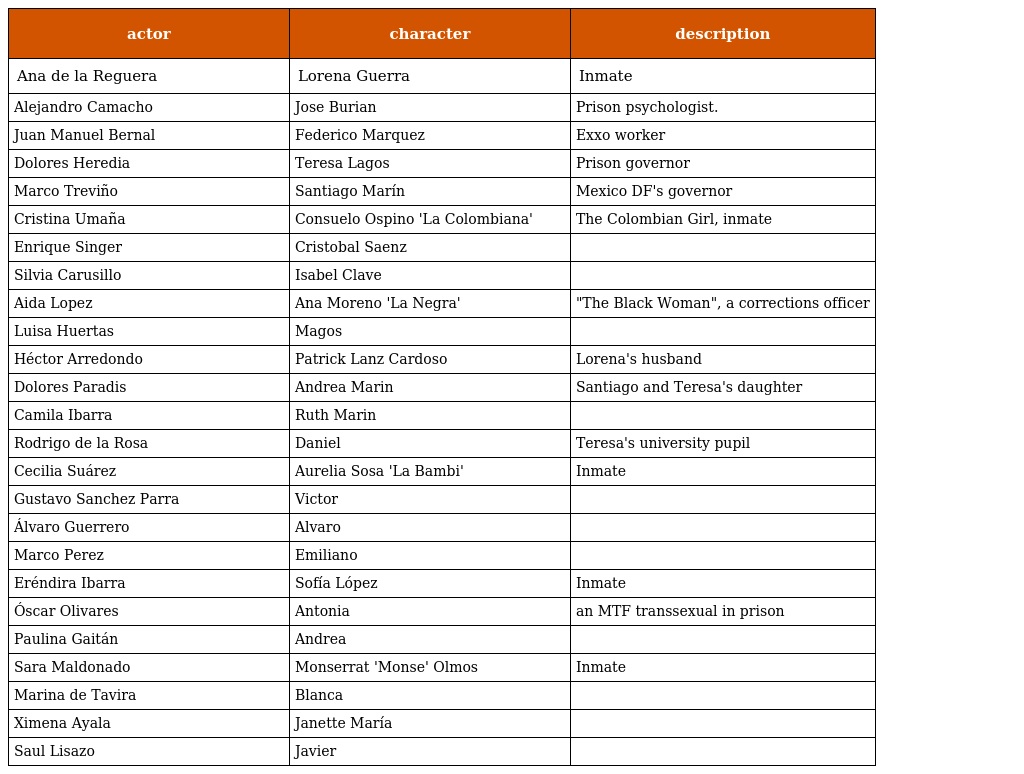
| actor | character | description |
 | --- | --- | --- |
 | Ana de la Reguera | Lorena Guerra | Inmate |
 | Alejandro Camacho | Jose Burian | Prison psychologist. |
 | Juan Manuel Bernal | Federico Marquez | Exxo worker |
 | Dolores Heredia | Teresa Lagos | Prison governor |
 | Marco Treviño | Santiago Marín | Mexico DF's governor |
 | Cristina Umaña | Consuelo Ospino 'La Colombiana' | The Colombian Girl, inmate |
 | Enrique Singer | Cristobal Saenz |  |
 | Silvia Carusillo | Isabel Clave |  |
 | Aida Lopez | Ana Moreno 'La Negra' | "The Black Woman", a corrections officer |
 | Luisa Huertas | Magos |  |
 | Héctor Arredondo | Patrick Lanz Cardoso | Lorena's husband |
 | Dolores Paradis | Andrea Marin | Santiago and Teresa's daughter |
 | Camila Ibarra | Ruth Marin |  |
 | Rodrigo de la Rosa | Daniel | Teresa's university pupil |
 | Cecilia Suárez | Aurelia Sosa 'La Bambi' | Inmate |
 | Gustavo Sanchez Parra | Victor |  |
 | Álvaro Guerrero | Alvaro |  |
 | Marco Perez | Emiliano |  |
 | Eréndira Ibarra | Sofía López | Inmate |
 | Óscar Olivares | Antonia | an MTF transsexual in prison |
 | Paulina Gaitán | Andrea |  |
 | Sara Maldonado | Monserrat 'Monse' Olmos | Inmate |
 | Marina de Tavira | Blanca |  |
 | Ximena Ayala | Janette María |  |
 | Saul Lisazo | Javier |  |